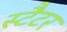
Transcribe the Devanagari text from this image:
स्टैटर